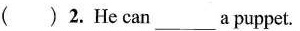
( )2.He can___a puppet.